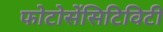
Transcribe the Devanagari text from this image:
फोटोसेंसिटिविटी